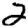
Digit: 2